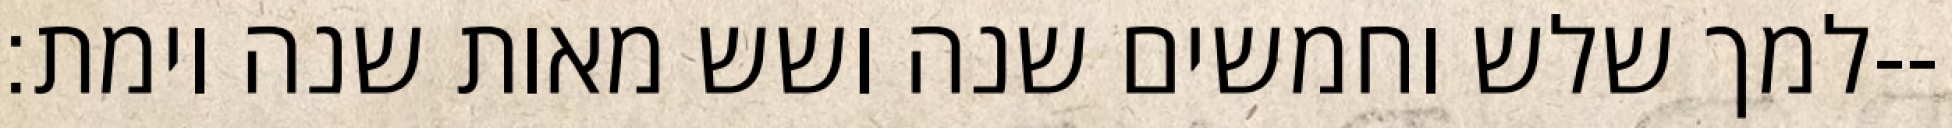
למך שלש וחמשים שנה ושש מאות שנה וימת׃--